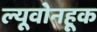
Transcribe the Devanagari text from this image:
ल्यूवोनहूक